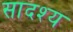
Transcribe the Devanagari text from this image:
सादश्य